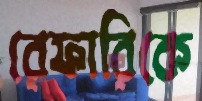
রেফারিকে